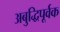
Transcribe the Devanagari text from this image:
अबुद्धिपूर्वक